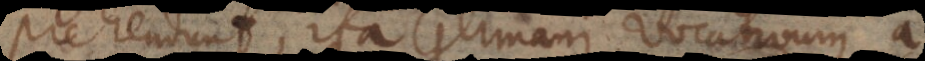
prehendunt; ita Germani vocativum a